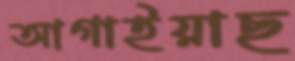
আগাইয়াছ